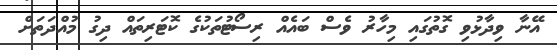
އޭނާ ވިދާޅުވި ގޮތުގައި މިހާރު ވެސް ބައެއް ރިސޯޓުތަކުގެ ކޮޓަރިތައް ދިގު މުއްދަތަށް